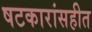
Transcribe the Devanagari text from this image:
षटकारांसहीत